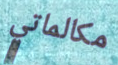
مكالماتي